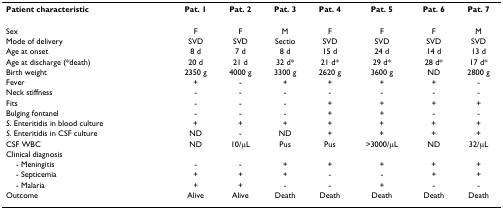
<table><thead><tr><td><b>Patient characteristic</b></td><td><b>Pat. 1</b></td><td><b>Pat. 2</b></td><td><b>Pat. 3</b></td><td><b>Pat. 4</b></td><td><b>Pat. 5</b></td><td><b>Pat. 6</b></td><td><b>Pat. 7</b></td></tr></thead><tbody><tr><td>Sex</td><td>F</td><td>F</td><td>M</td><td>F</td><td>F</td><td>F</td><td>M</td></tr><tr><td>Mode of delivery</td><td>SVD</td><td>SVD</td><td>Sectio</td><td>SVD</td><td>SVD</td><td>SVD</td><td>SVD</td></tr><tr><td>Age at onset</td><td>8 d</td><td>7 d</td><td>8 d</td><td>15 d</td><td>24 d</td><td>14 d</td><td>13 d</td></tr><tr><td>Age at discharge (*death)</td><td>20 d</td><td>21 d</td><td>32 d*</td><td>21 d*</td><td>29 d*</td><td>28 d*</td><td>17 d*</td></tr><tr><td>Birth weight</td><td>2350 g</td><td>4000 g</td><td>3300 g</td><td>2620 g</td><td>3600 g</td><td>ND</td><td>2800 g</td></tr><tr><td>Fever</td><td>+</td><td>-</td><td>+</td><td>+</td><td>+</td><td>+</td><td>-</td></tr><tr><td>Neck stiffness</td><td>-</td><td>-</td><td>-</td><td>-</td><td>-</td><td>-</td><td>-</td></tr><tr><td>Fits</td><td>-</td><td>-</td><td>-</td><td>+</td><td>+</td><td>+</td><td>+</td></tr><tr><td>Bulging fontanel</td><td>-</td><td>-</td><td>-</td><td>+</td><td>+</td><td>-</td><td>-</td></tr><tr><td><i>S</i>. Enteritidis in blood culture</td><td>+</td><td>+</td><td>+</td><td>+</td><td>+</td><td>+</td><td>+</td></tr><tr><td><i>S</i>. Enteritidis in CSF culture</td><td>ND</td><td>-</td><td>ND</td><td>+</td><td>+</td><td>+</td><td>+</td></tr><tr><td>CSF WBC</td><td>ND</td><td>10/μL</td><td>Pus</td><td>Pus</td><td>&gt;3000/μL</td><td>ND</td><td>32/μL</td></tr><tr><td>Clinical diagnosis</td><td></td><td></td><td></td><td></td><td></td><td></td><td></td></tr><tr><td> - Meningitis</td><td>-</td><td>-</td><td>+</td><td>+</td><td>+</td><td>+</td><td>+</td></tr><tr><td> - Septicemia</td><td>+</td><td>+</td><td>+</td><td>-</td><td>-</td><td>+</td><td>+</td></tr><tr><td> - Malaria</td><td>+</td><td>+</td><td>-</td><td>-</td><td>+</td><td>-</td><td>-</td></tr><tr><td>Outcome</td><td>Alive</td><td>Alive</td><td>Death</td><td>Death</td><td>Death</td><td>Death</td><td>Death</td></tr></tbody></table>